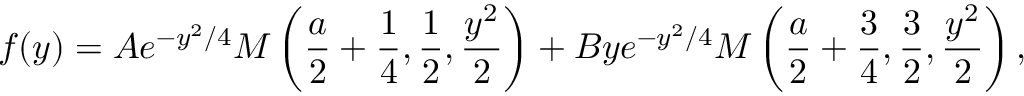
f ( y ) = A e ^ { - y ^ { 2 } / 4 } M \left( \frac { a } { 2 } + \frac { 1 } { 4 } , \frac { 1 } { 2 } , \frac { y ^ { 2 } } { 2 } \right) + B y e ^ { - y ^ { 2 } / 4 } M \left( \frac { a } { 2 } + \frac { 3 } { 4 } , \frac { 3 } { 2 } , \frac { y ^ { 2 } } { 2 } \right) ,